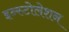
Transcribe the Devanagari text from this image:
इन्स्टोलेशन